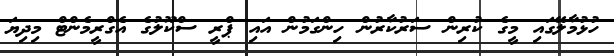
ހުޅުމާލޭގައި މީގެ ކުރިން ސަރުކާރުން ހިންގަމުން އައި ޕްރީ ސްކޫލުގެ އެގްރީމެންޓް މިދިޔަ